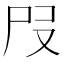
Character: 𡰻